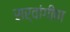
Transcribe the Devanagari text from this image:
सर्वांगींण